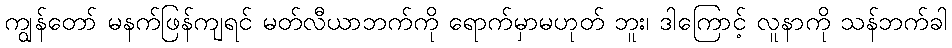
ကျွန်တော် မနက်ဖြန်ကျရင် မတ်လီယာဘက်ကို ရောက်မှာမဟုတ် ဘူး၊ ဒါကြောင့် လူနာကို သန်ဘက်ခါ